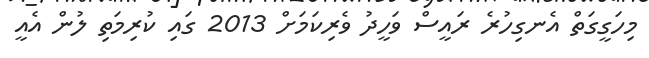
މިހަގީގަތް އެނގިހުރެ ރައީސް ވަހީދު ވެރިކަަމަށް 2013 ގައި ކުރިމަތި ލުން އެއީ